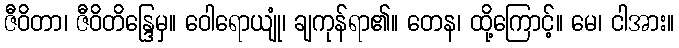
ဇီဝိတာ၊ ဇီဝိတိန္ဒြေမှ။ ဝေါရောယျုံ၊ ချကုန်ရာ၏။ တေန၊ ထို့ကြောင့်။ မေ၊ ငါအား။